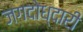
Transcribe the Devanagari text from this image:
जगदोध्दारी